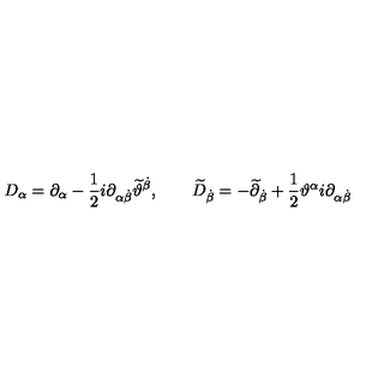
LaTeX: D _ { \alpha } = \partial _ { \alpha } - \frac { 1 } { 2 } i \partial _ { \alpha \dot { \beta } } \widetilde { \vartheta } ^ { \dot { \beta } } , \qquad \widetilde { D } _ { \dot { \beta } } = - \widetilde { \partial } _ { \dot { \beta } } + \frac { 1 } { 2 } \vartheta ^ { \alpha } i \partial _ { \alpha \dot { \beta } }